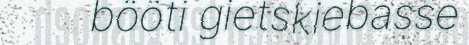
bööti gietskiebasse